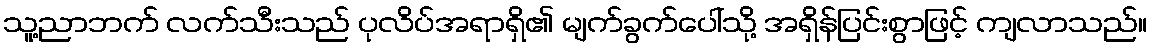
သူ့ညာဘက် လက်သီးသည် ပုလိပ်အရာရှိ၏ မျက်ခွက်ပေါ်သို့ အရှိန်ပြင်းစွာဖြင့် ကျလာသည်။